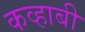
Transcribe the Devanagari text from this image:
कव्हाबी